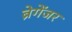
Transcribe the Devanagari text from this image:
ब्रेगेंजर